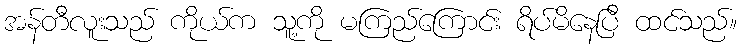
အန်တီလူးသည် ကိုယ်က သူ့ကို မကြည်ကြောင်း ရိပ်မိနေပြီ ထင်သည်။